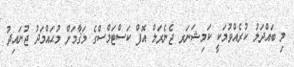
މި ބައްދަލު ކުރެއްވުމަކީ ކަމިޝަނަރ ޖެނެރަލް އޮފް ކަސްޓަމްސްގެ މަޤާމަށް މުޙައްމަދު ޖުނައިދު